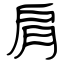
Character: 肩